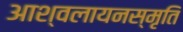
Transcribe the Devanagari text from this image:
आश्वलायनस्मृति